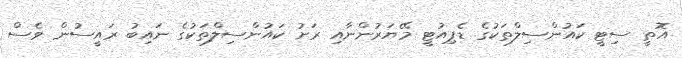
އޮތީ ސިޓީ ކައުންސިލްތަކުގެ ޑެޕިއުޓީ މޭޔަރުންނާއި ރަށު ކައުންސިލްތަކުގެ ނައިބު ރައީސުން ވެސް